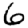
Digit: 6